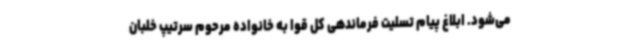
می‌شود. ابلاغ پیام تسلیت فرماندهی کل قوا به خانواده مرحوم سرتیپ خلبان